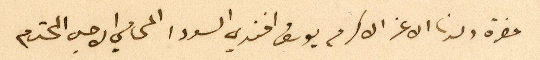
حضرة ولدنا الاغر الاكرم يوسف افندي السودا المحامي الاجل المحترم